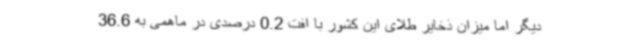
دیگر اما میزان ذخایر طلای این کشور با افت 0.2 درصدی در ماهمی به 36.6